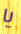
يا